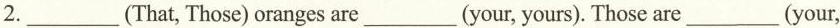
2.___(That, Those) oranges are___(your, yours). Those are___(your,